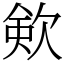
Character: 㰸